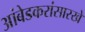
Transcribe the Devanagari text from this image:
आंबेडकरांसारखे